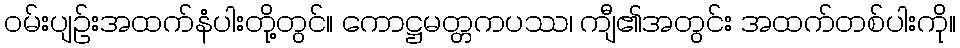
ဝမ်းပျဉ်းအထက်နံပါးတို့တွင်။ ကောဋ္ဌမတ္တကပဿ၊ ကျီ၏အတွင်း အထက်တစ်ပါးကို။